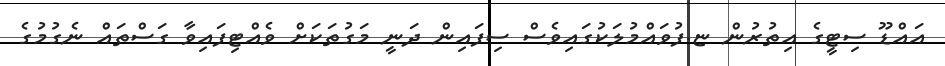
އައްޑޫ ސިޓީގެ އިތުރުން ޏ.ފުވައްމުލަކުގައިވެސް ސިފައިން ދަނީ މަގުތަކަށް ވެއްޓިފައިވާ ގަސްތައް ނެގުމުގެ